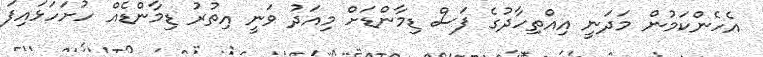
އެހެންކަމުން މަދަނީ އިއްތިހާދުގެ ފަސް ޑިމާންޑަށް މިއަދު ވަނީ އިތުރު ޑިމާންޑެއް ހުށަހަޅައިފަ